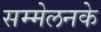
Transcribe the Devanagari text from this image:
सम्मेलनके